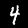
Digit: 4